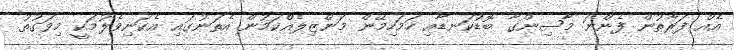
އެއް ފަރާތުން ފެންނަ މާސިންގާ ބޮޑުކަނޑާއި ހަމަހިމޭން މަންޒިލެއްކަމުން އެތަނުގައި އެކަނިވެލުމަކީ މިވަގުތު